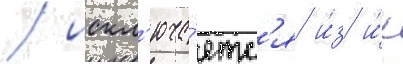
/ искл'юча́етс'я и́з и́х